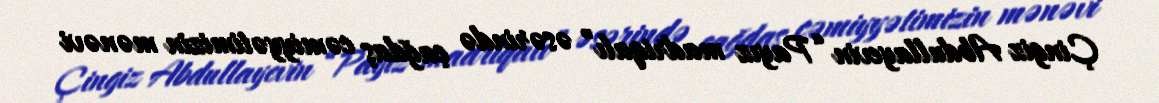
Çingiz Abdullayevin “Payız madriqalı” əsərində çağdaş cəmiyyətimizin mənəvi